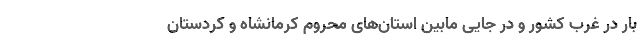
بار در غرب کشور و در جایی مابین استان‌های محروم کرمانشاه و کردستان